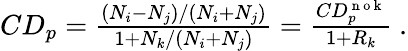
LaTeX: \begin{array}{r}{CD_{p}=\frac{(N_{i}-N_{j})/(N_{i}+N_{j})}{1+N_{k}/(N_{i}+N_{j})}=\frac{CD_{p}^{\mathrm{~n~o~k~}}}{1+R_{k}}\ .}\end{array}